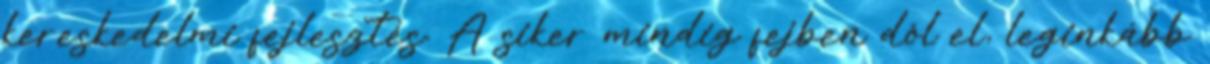
kereskedelmi fejlesztés. A siker mindig fejben dôl el, leginkább